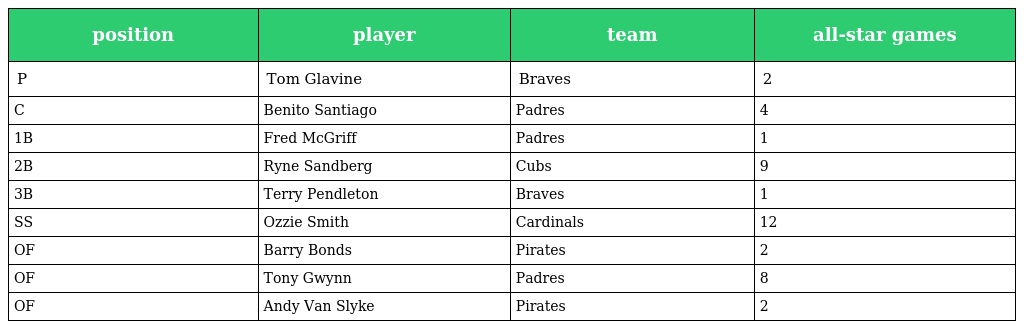
| position | player | team | all-star games |
 | --- | --- | --- | --- |
 | P | Tom Glavine | Braves | 2 |
 | C | Benito Santiago | Padres | 4 |
 | 1B | Fred McGriff | Padres | 1 |
 | 2B | Ryne Sandberg | Cubs | 9 |
 | 3B | Terry Pendleton | Braves | 1 |
 | SS | Ozzie Smith | Cardinals | 12 |
 | OF | Barry Bonds | Pirates | 2 |
 | OF | Tony Gwynn | Padres | 8 |
 | OF | Andy Van Slyke | Pirates | 2 |